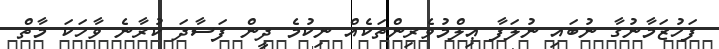
ފަހުޒަމާނުގާ ނުބައި ނުލަފާ ޢިލްމުވެރިންތަކެއް ނިކުމެ ދީން ފަސާދަ ކުރާނެ ވާހަކަ މާތް